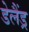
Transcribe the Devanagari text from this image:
डेलैंड्र